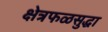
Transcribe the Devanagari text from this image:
क्षेत्रफळसुद्धा